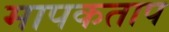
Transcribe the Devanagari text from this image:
मापकताप